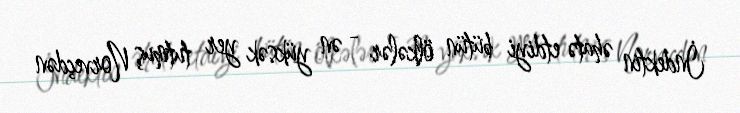
İndektin əhatə etdiyi bütün ölkələr - ən yüksək yer tutmuş Norveçdən